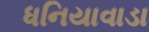
ધનિયાવાડા